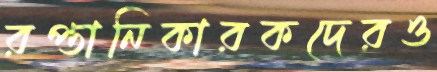
রপ্তানিকারকদেরও